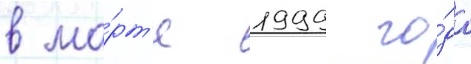
в ма́рт'е 1999 го́да